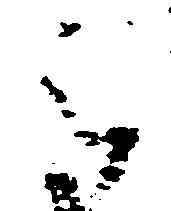
被